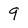
Character: 9